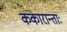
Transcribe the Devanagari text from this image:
ककारान्ताः